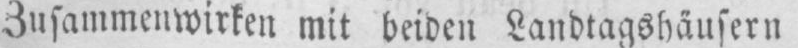
Zusammenwirken mit beiden Landtagshäusern